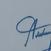
Signature authenticity: genuine